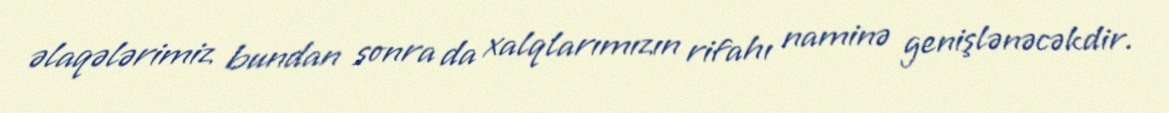
əlaqələrimiz bundan sonra da xalqlarımızın rifahı naminə genişlənəcəkdir.